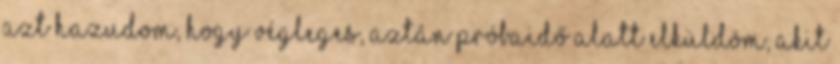
azt hazudom, hogy végleges, aztán próbaidő alatt elküldöm, akit